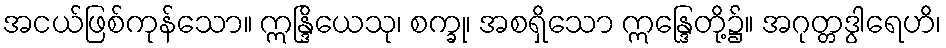
အငယ်ဖြစ်ကုန်သော။ ဣန္ဒြိယေသု၊ စက္ခု၊ အစရှိသော ဣန္ဒြေတို့၌။ အဂုတ္တဒွါရေဟိ၊